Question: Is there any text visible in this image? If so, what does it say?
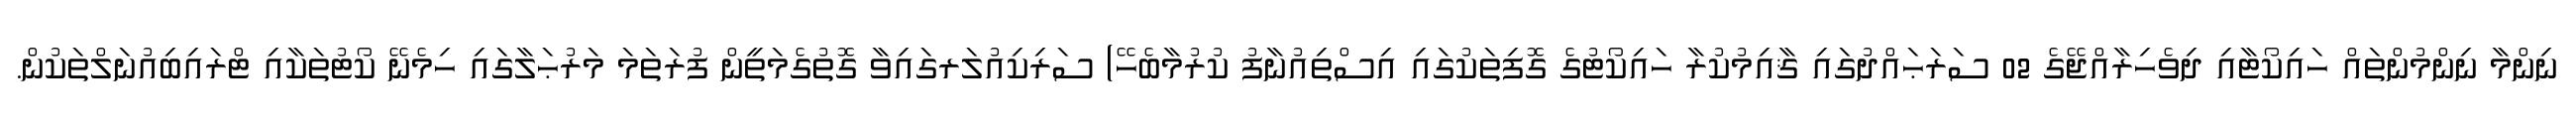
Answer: ނިންމާ ނިންމުންތައް ހައިކޯޓާއި ދިވެހިރާއްޖޭގެ 02 ސަރަޙައްދުގައި ޤާއިމުކުރާ ހައިކޯޓުގެ ގޮފިތަކުގައި އިސްތިއުނާފު ކުރުމާބެހޭ) ސަރިކިއުލަރގައިވާ ގޮތުގެމަތީން ފުރަތަމަ މަރުޙަލާގައި ހިމެނޭ ކޯޓުތަކާއި ޓްރައިބިއުނަލްތަކުން.